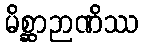
မိစ္ဆာဉာဏိဿ